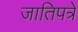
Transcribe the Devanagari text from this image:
जातिपत्रे